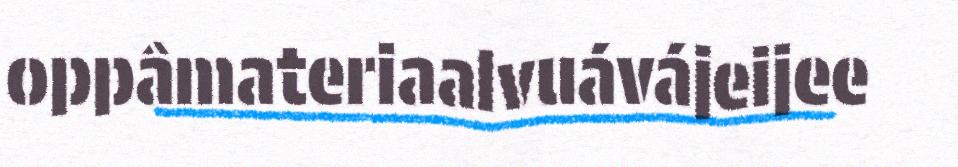
oppâmateriaalvuávájeijee